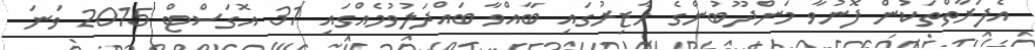
އެފަރާތްތަކުން ފޮނުވާ މަންދޫބުންގެ ހާޒިރުގައި ބާއްވާ ބައްދަލުވުމެއްގައި 31 އޮގަސްޓް 2015 ވަނަ